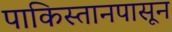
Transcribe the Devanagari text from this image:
पाकिस्तानपासून